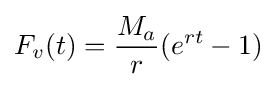
F_{v}(t)={\frac {M_{a}}{r}}(e^{rt}-1)